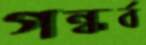
গন্ধর্ব